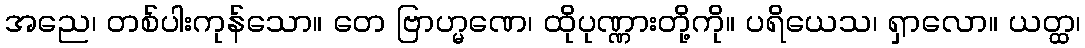
အညေ၊ တစ်ပါးကုန်သော။ တေ ဗြာဟ္မဏေ၊ ထိုပုဏ္ဏားတို့ကို။ ပရိယေသ၊ ရှာလော။ ယတ္ထ၊